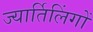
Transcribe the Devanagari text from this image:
ज्यार्तिलिंगों